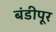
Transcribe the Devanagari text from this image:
बंडीपूर